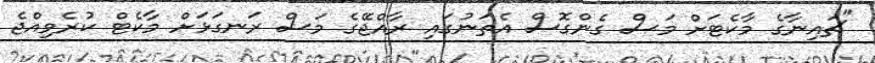
"ޗައިނާގެ މާކެޓަށް މަސް ގެންގޮސް އެތަނުގައި ރާއްޖޭގެ މަސް ރަނގަޅަށް މާކެޓް ކުރެވިއްޖެ